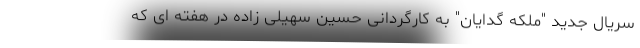
سریال جدید "ملکه گدایان" به کارگردانی حسین سهیلی زاده در هفته ای که